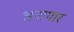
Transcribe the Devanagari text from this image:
अनागार